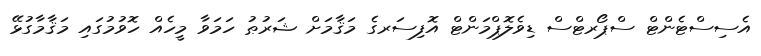
އެސިސްޓެންޓް ސްޕޯރޓްސް ޑިވެލޮޕްމަންޓް އޮފިސަރގެ މަޤާމަށް ޝަރުޠު ހަމަވާ މީހެއް ހޮވުމުގައި މަޤާމާގުޅޭ